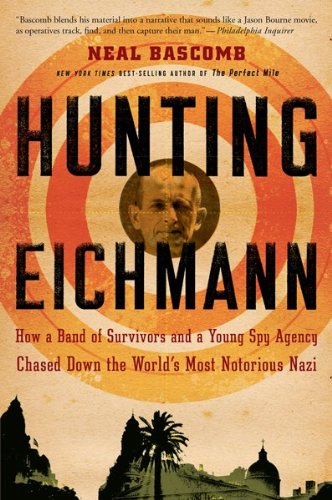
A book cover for Hunting Eichmann: How a Band of Survivors and a Young Spy Agency Chased Down the World's Most Notorious Nazi; Neal Bascomb; Biographies & Memoirs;